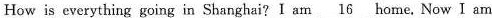
How is everything going in Shanghai? am\underline{16}homeNowIam